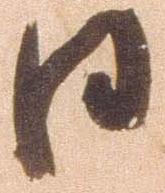
日